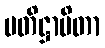
ပတိဋ္ဌာပိတာ